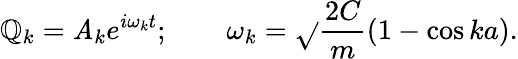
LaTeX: \mathbb{Q}_{k}=\mathit{A}_{k}e^{i\omega_{k}t};\qquad\omega_{k}={\sqrt{}{{{\frac{{2C}}{{m}}}(1-\cos{ka})}}}.